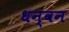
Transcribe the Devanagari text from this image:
धन्वन